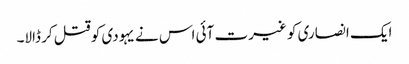
ایک انصاری کو غیرت آئی اس نے یہودی کو قتل کر ڈالا۔